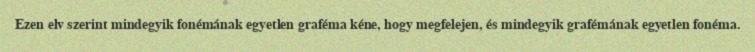
Ezen elv szerint mindegyik fonémának egyetlen graféma kéne, hogy megfelejen, és mindegyik grafémának egyetlen fonéma.